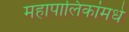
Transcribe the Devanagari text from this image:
महापालिकांमधे